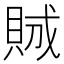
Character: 𧵪